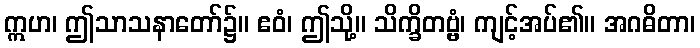
ဣဟ၊ ဤသာသနာတော်၌။ ဧဝံ၊ ဤသို့။ သိက္ခိတဗ္ဗံ၊ ကျင့်အပ်၏။ အဂဓိတာ၊